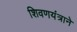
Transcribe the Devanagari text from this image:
शिवणयंत्राने